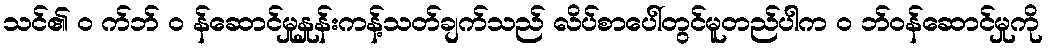
သင်၏ ၀ က်ဘ် ၀ န်ဆောင်မှုနှုန်းကန့်သတ်ချက်သည် လိပ်စာပေါ်တွင်မူတည်ပါက ၀ ဘ်ဝန်ဆောင်မှုကို